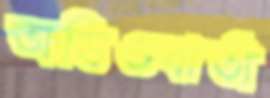
অডিওবার্তা